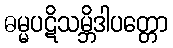
ဓမ္မပဋိသမ္ဘိဒါပတ္တော